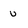
Character: u